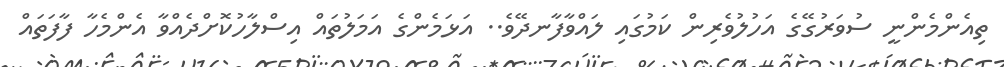
ތިއެންމެންނީ ސުވަރުގޭގެ އަހުލުވެރިން ކަމުގައި ލައްވާފާނދޭވެ.. އަޅަމެންގެ އަމަލުތައް އިސްލާހުކޮށްދެއްވާ އެންމެހާ ފާފަތައް